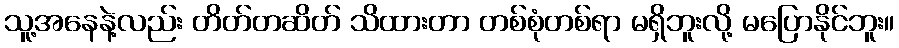
သူ့အနေနဲ့လည်း တိတ်တဆိတ် သိထားတာ တစ်စုံတစ်ရာ မရှိဘူးလို့ မပြောနိုင်ဘူး။